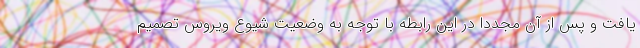
یافت و پس از آن مجددا در این رابطه با توجه به وضعیت شیوع ویروس تصمیم